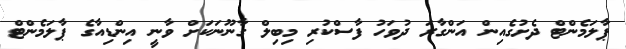
ޕާލަމެންޓް ދެށުގެއިން އަންގާރަ ދުވަހު ފާސްކުރި މިބިލް ގާނޫނަކަށް ވާނީ އިންޑިއާގެ ޕާލަމެންޓް